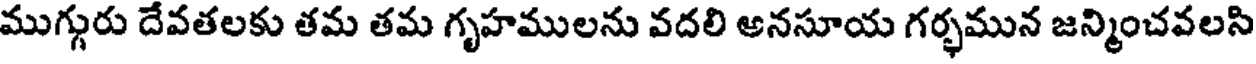
ముగ్గురు దేవతలకు తమ తమ గృహములను వదలి అనసూయ గర్భమున జన్మించవలసి